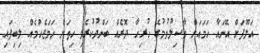
އަލޫފަށް އޭނައާ ހަމައަށް ވާސިލުވުމުގެ ހުރިހާ ދޮރެއް ބަންދުކުރެވި ހިތަށް ހަމަޖެހުމެއް ލިބިފައި